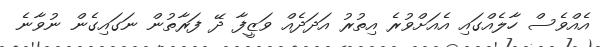
އެއްވެސް ހާލެއްގައި އެއަށްވުރެ އިތުރު އަދަދެއް ވަޒީފާ ދޭ ފަރާތުން ނަގައިގެން ނުވާނެ